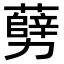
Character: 𠣅